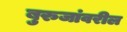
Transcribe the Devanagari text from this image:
बुरुजांवरील